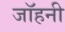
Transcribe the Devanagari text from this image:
जॉहनी